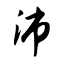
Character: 沛